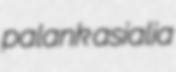
palank asialia